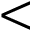
<